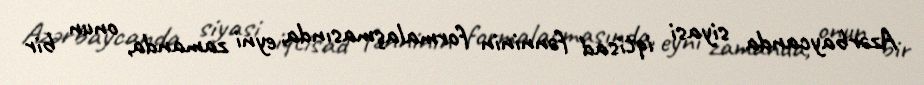
Azərbaycanda siyasi iqtisad fənninin formalaşmasında, eyni zamanda, onun bir